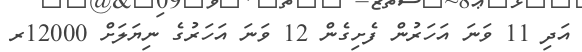
އަދި 11 ވަނަ އަހަރުން ފެށިގެން 12 ވަނަ އަހަރުގެ ނިޔަލަށް 12000ރ